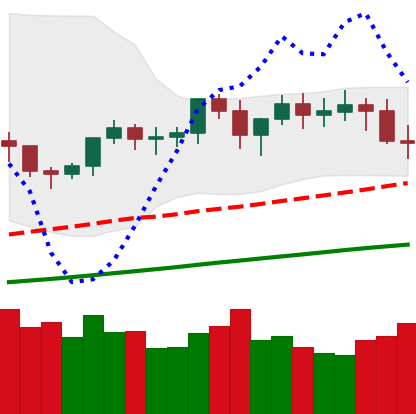
Ticker: XMR-USD
Chart end date: 2021-03-23
Forward return: 6.925%
Label: up_5_7